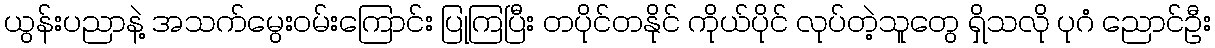
ယွန်းပညာနဲ့ အသက်မွေးဝမ်းကြောင်း ပြုကြပြီး တပိုင်တနိုင် ကိုယ်ပိုင် လုပ်တဲ့သူတွေ ရှိသလို ပုဂံ ညောင်ဦး